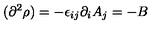
( \partial ^ { 2 } \rho ) = - \epsilon _ { i j } \partial _ { i } A _ { j } = - B